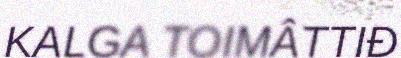
KALGA TOIMÂTTIĐ